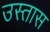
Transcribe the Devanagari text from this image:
उस्तास